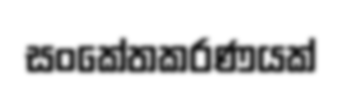
සංකේතකරණයක්